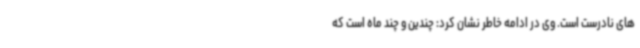
های نادرست است. وی در ادامه خاطر نشان کرد: چندین و چند ماه است که